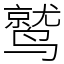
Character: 鹫